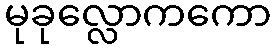
မုခုလ္လောကကော